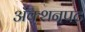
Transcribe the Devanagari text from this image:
अॅक्शनपट